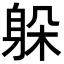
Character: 躲